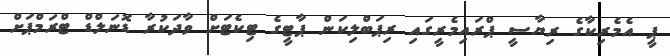
ޕީ އެމެރިކާގެ ރިޔާސީ ޕްރައިމެރީގައި ރިޕަބްލިކަން ޕާޓީގެ ޓިކެޓަށް ވާދަކުރާ ޑޮނަލްޑް ޓްރަމްޕަށް